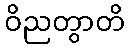
ဝိညတွာတိ